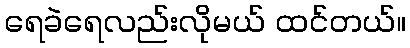
ရေခဲရေလည်းလိုမယ် ထင်တယ်။